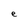
Character: e